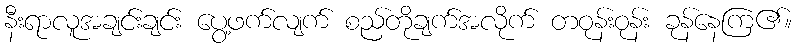
နီးရာလူအချင်းချင်း ပွေ့ဖက်လျက် စည်တိုချက်အလိုက် တဝုန်းဝုန်း ခုန်နေကြ၏။